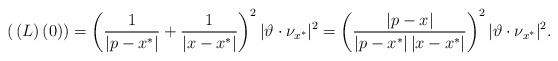
LaTeX: \begin{align*}\displaystyle\,(\,(L)\,(0))=\left(\frac{1}{\vert p-x^*\vert}+\frac{1}{\vert x-x^*\vert}\right)^2\vert \vartheta\cdot\nu_{x^*}\vert^2=\left(\frac{\vert p-x\vert}{\vert p-x^*\vert\,\vert x-x^*\vert}\right)^2\vert\vartheta\cdot\nu_{x^*}\vert^2.\end{align*}